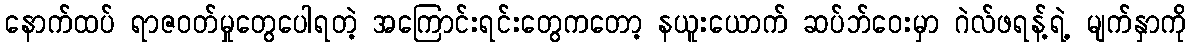
နောက်ထပ် ရာဇဝတ်မှုတွေပေါရတဲ့ အကြောင်းရင်းတွေကတော့ နယူးယောက် ဆပ်ဘ်ဝေးမှာ ဂဲလ်ဖရန့်ရဲ့ မျက်နှာကို